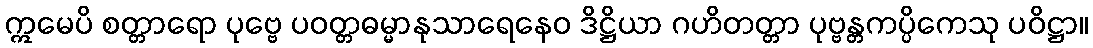
ဣမေပိ စတ္တာရော ပုဗ္ဗေ ပဝတ္တဓမ္မာနုသာရေနေဝ ဒိဋ္ဌိယာ ဂဟိတတ္တာ ပုဗ္ဗန္တကပ္ပိကေသု ပဝိဋ္ဌာ။